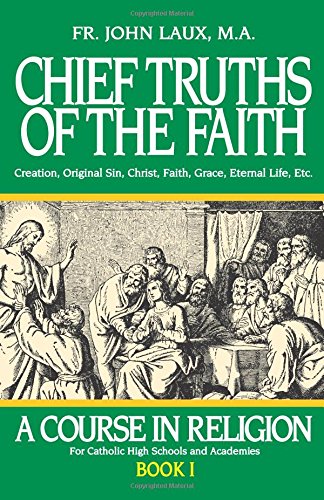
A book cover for Chief Truths of the Faith: A Course in Religion - Book I; Rev. Fr. John Laux M.A.; Christian Books & Bibles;